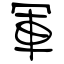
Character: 軍